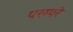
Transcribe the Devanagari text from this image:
परम्परे